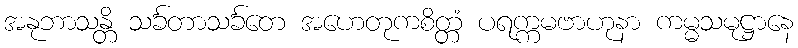
အနုဘာသန္တိ သင်္ခတာသင်္ခတေ အဟေတုကစိတ္တံ ပရက္ကမဗာဟုနာ ကမ္မသမုဋ္ဌာနေ